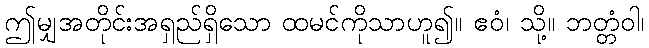
ဤမျှအတိုင်းအရှည်ရှိသော ထမင်ကိုသာဟူ၍။ ဧဝံ၊ သို့။ ဘတ္တံဝါ၊